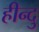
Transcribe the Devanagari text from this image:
हीन्दु